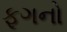
ફૂગનો